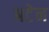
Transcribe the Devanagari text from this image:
अटेन